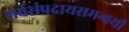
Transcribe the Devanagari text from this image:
सर्वसंप्रदायसमन्वयी